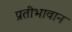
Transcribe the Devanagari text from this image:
प्रतीभावान